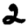
Digit: 2